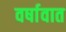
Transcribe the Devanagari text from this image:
वर्षावात